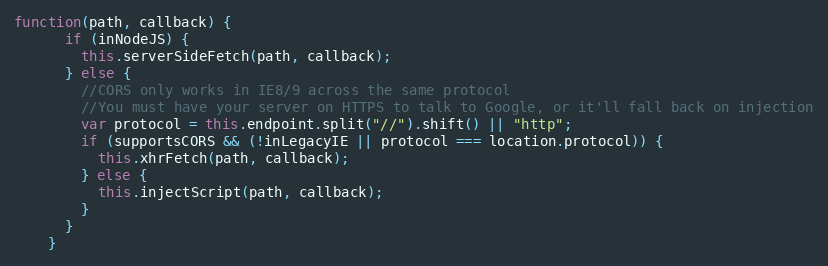
Language: JavaScript
function(path, callback) {
      if (inNodeJS) {
        this.serverSideFetch(path, callback);
      } else {
        //CORS only works in IE8/9 across the same protocol
        //You must have your server on HTTPS to talk to Google, or it'll fall back on injection
        var protocol = this.endpoint.split("//").shift() || "http";
        if (supportsCORS && (!inLegacyIE || protocol === location.protocol)) {
          this.xhrFetch(path, callback);
        } else {
          this.injectScript(path, callback);
        }
      }
    }